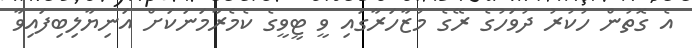
އެ ގޮތުން ހުކުރު ދުވަހުގެ ރޭގެ މުޒާހަރާގައި ވީ ޓީވީގެ ކެމެރާމަނަކަށް އަނިޔާލިބިފައިވާ